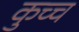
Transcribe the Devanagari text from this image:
कुच्च